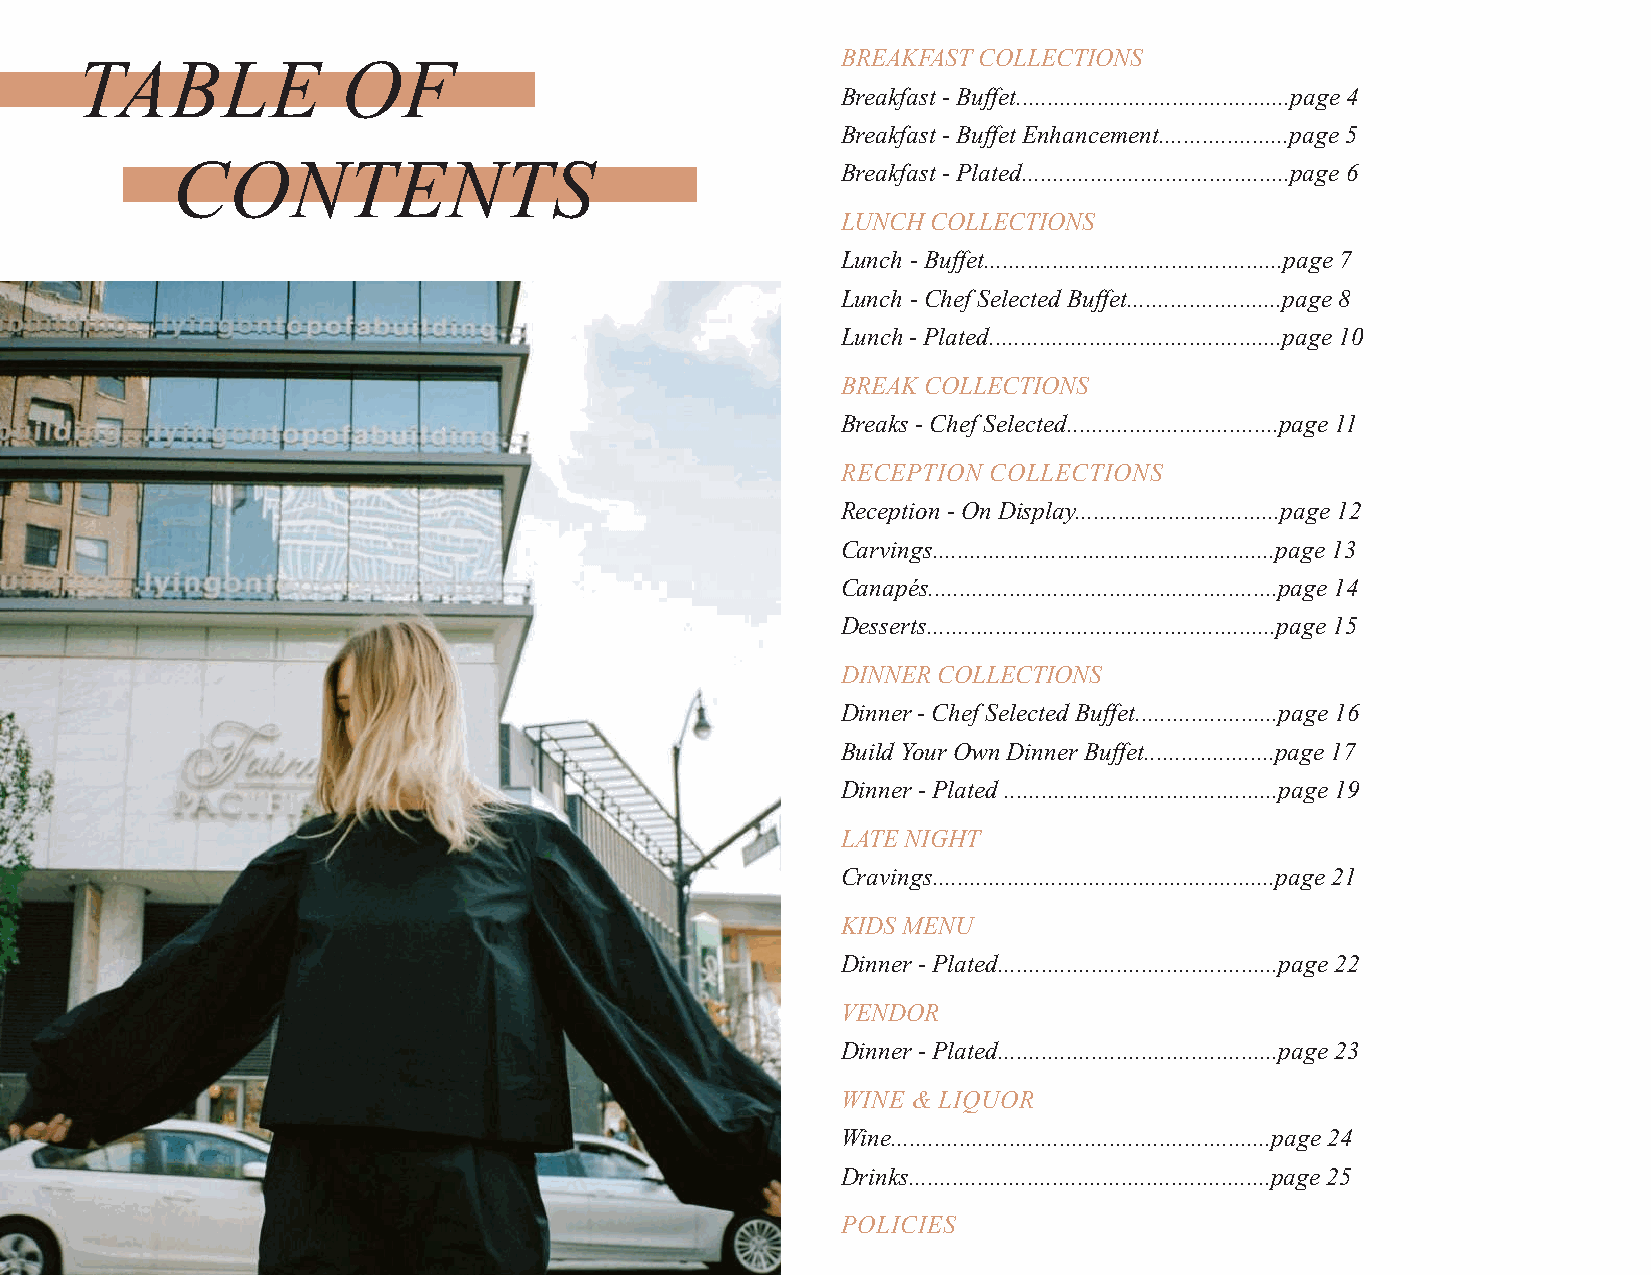
BREAKFAST COLLECTIONS
 TABLE             OF
 Breakfast - Buffet............................................page 4
 Breakfast - Buffet Enhancement.....................page 5
 CONTENTS                                     Breakfast - Plated...........................................page 6
 LUNCH COLLECTIONS
 Lunch - Buffet................................................page 7
 Lunch - Chef Selected Buffet.........................page 8
 Lunch - Plated...............................................page 10
 BREAK COLLECTIONS
 Breaks - Chef Selected..................................page 11
 RECEPTION COLLECTIONS
 Reception - On Display.................................page 12
 Carvings.......................................................page 13
 Canapés........................................................page 14
 Desserts........................................................page 15
 DINNER COLLECTIONS
 Dinner - Chef Selected Buffet.......................page 16
 Build Your Own Dinner Buffet.....................page 17
 Dinner - Plated ............................................page 19
 LATE NIGHT
 Cravings.......................................................page 21
 KIDS MENU
 Dinner - Plated.............................................page 22
 VENDOR
 Dinner - Plated.............................................page 23
 WINE & LIQUOR
 Wine.............................................................page 24
 Drinks..........................................................page 25
 POLICIES